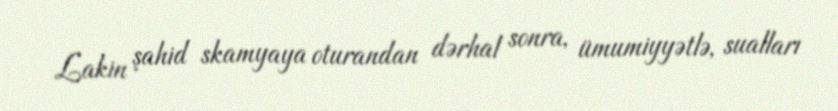
Lakin şahid skamyaya oturandan dərhal sonra, ümumiyyətlə, sualları